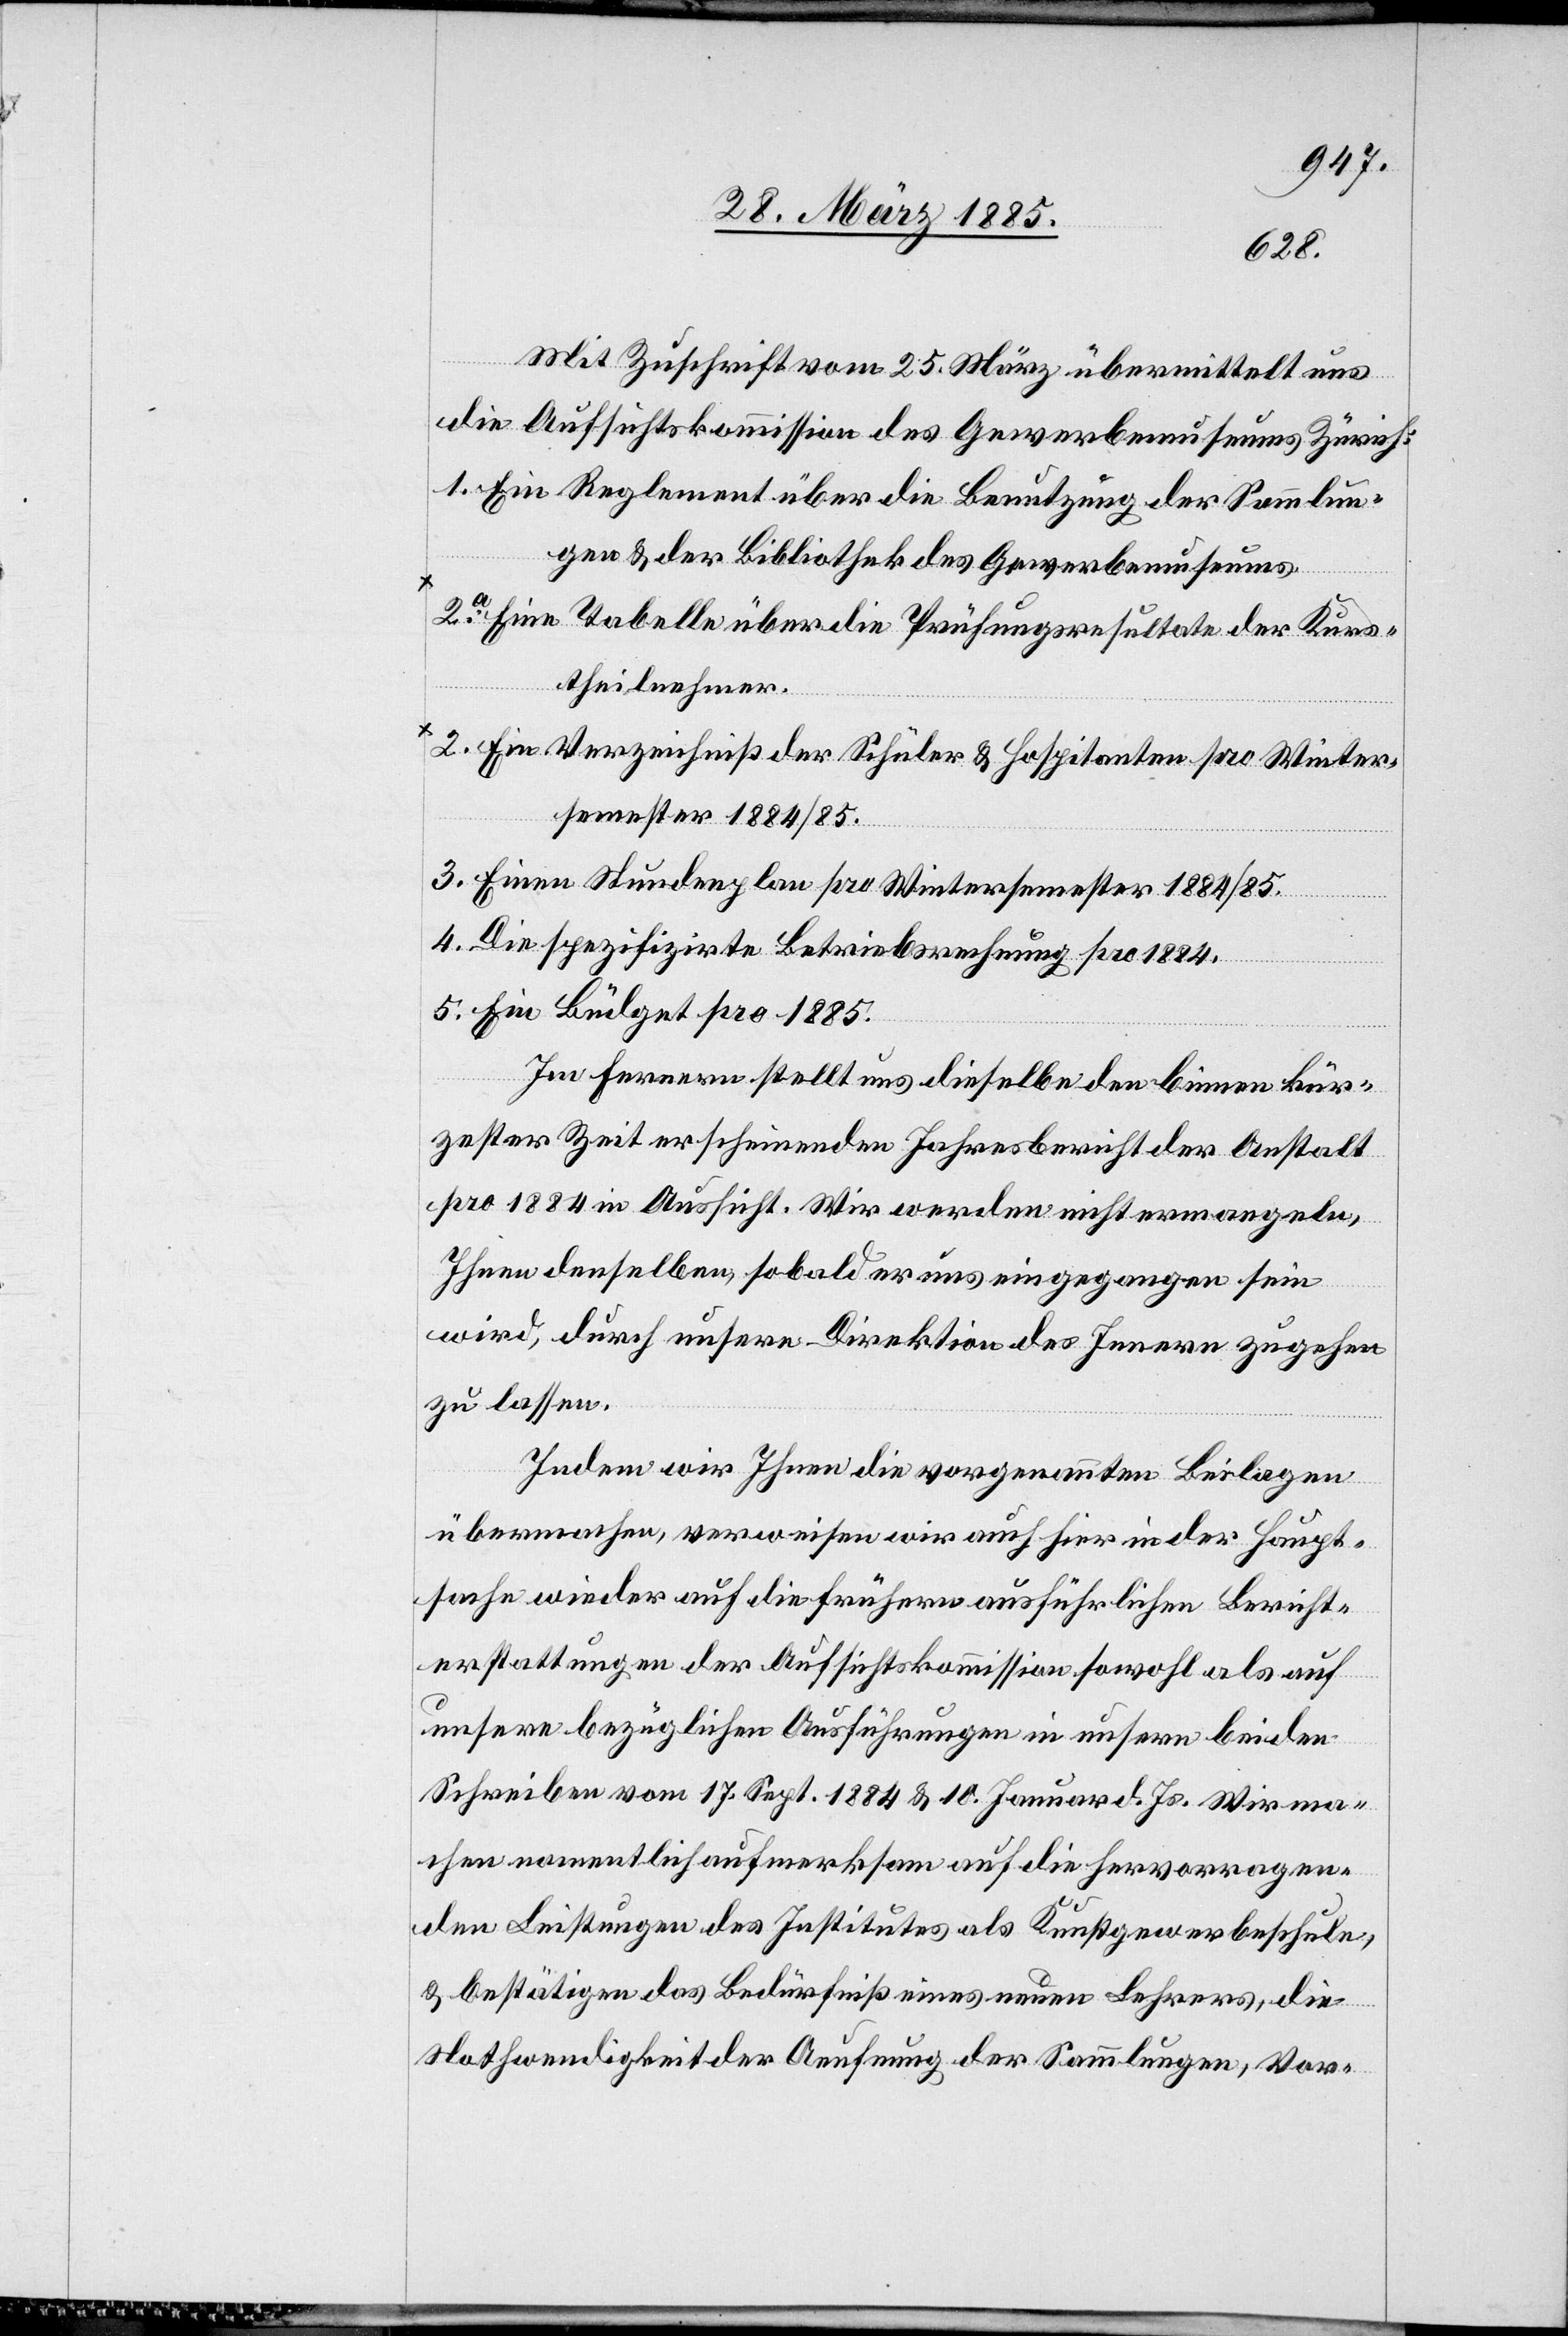
Mit Zuschrift vom 25. März übermittelt uns
die Aufsichtskommission des Gewerbemuseums Zürich:
1. Ein Reglement über die Benutzung der Sammlun¬
gen & der Bibliothek des Gewerbemuseums
*2a. Eine Tabelle über die Prüfungsresultate der Kurs¬
theilnehmer.
*2. Ein Verzeichniß der Schüler & Hospitanten pro Winter¬
semester 1884/85.
3. Einen Stundenplan pro Wintersemester 1884/85.
4. Die spezifizirte Betriebsrechnung pro 1884.
5. Ein Büdget pro 1885.
Im Fernern stellt uns dieselbe den binnen kür¬
zester Zeit erscheinenden Jahresbericht der Anstalt
pro 1884 in Aussicht. Wir werden nicht ermangeln,
Ihnen denselben, sobald er uns eingegangen sein
wird, durch unsere Direktion des Innern zugehen
zu lassen.
Indem wir Ihnen die vorgenannten Beilagen
übermachen, verweisen wir auch hier in der Haupt¬
sache wieder auf die frühern ausführlichen Bericht¬
erstattungen der Aufsichtskommission sowohl als auf
unsere bezüglichen Ausführungen in unsern beiden
Schreiben vom 17. Sept. 1884 & 10. Januar d. Js. Wir ma¬
chen namentlich aufmerksam auf die hervorragen¬
den Leistungen des Institutes als Kunstgewerbeschule,
& bestätigen das Bedürfniß eines neuen Lehrers, die
Nothwendigkeit der Aeufnung der Sammlungen, Vor-